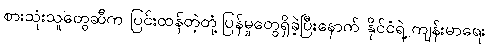
စားသုံးသူတွေဆီက ပြင်းထန်တဲ့တုံ့ပြန်မှုတွေရှိခဲ့ပြီးနောက် နိုင်ငံရဲ့ ကျန်းမာရေး